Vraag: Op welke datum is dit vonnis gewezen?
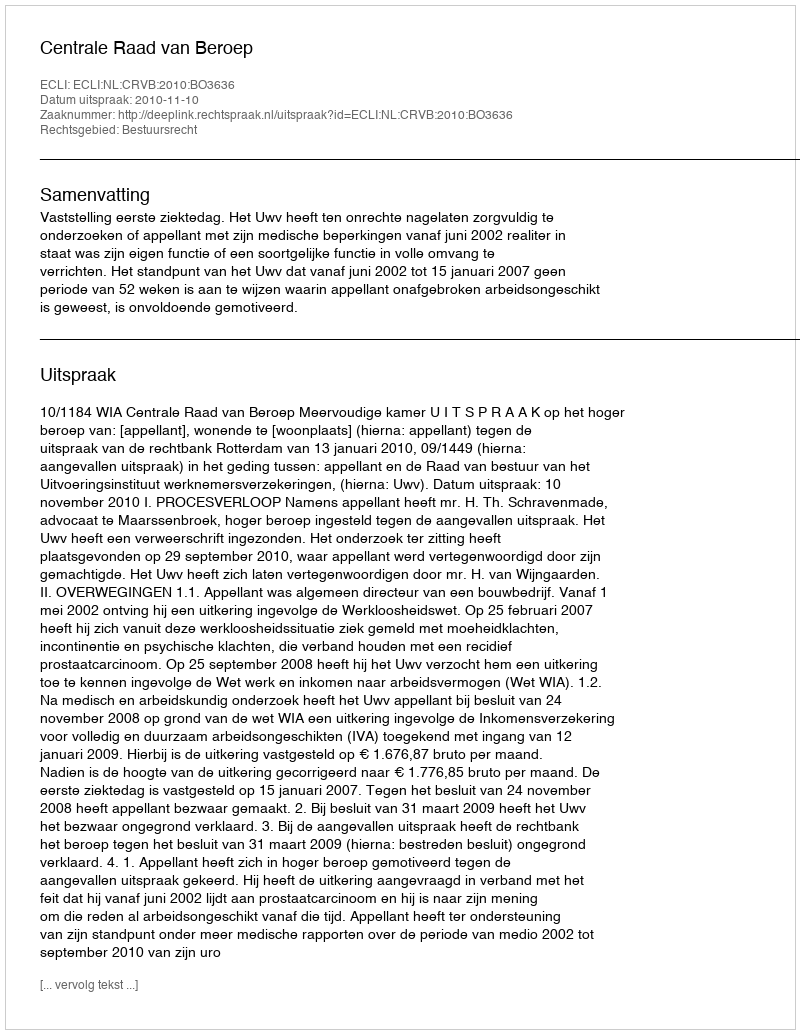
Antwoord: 2010-11-10